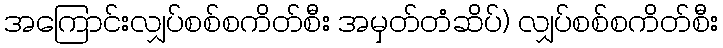
အကြောင်းလျှပ်စစ်စကိတ်စီး အမှတ်တံဆိပ်) လျှပ်စစ်စကိတ်စီး